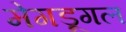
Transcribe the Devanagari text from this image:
मेगडूगल